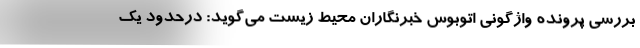
بررسی پرونده واژگونی اتوبوس خبرنگاران محیط زیست می‌گوید: درحدود یک